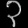
Digit: ၃